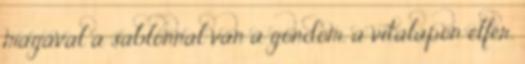
magával a sablonnal van a gondom, a vitalapon elfér.